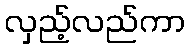
လှည့်လည်ကာ